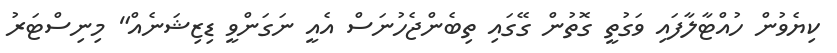
ކިޔެވުން ހުއްޓާލާފައި ވަގުތީ ގޮތުން ގޭގައި ތިބެންޖެހުނަސް އެއީ ނަގަންވީ ޑިޒިޝަނެއް" މިނިސްޓަރު